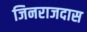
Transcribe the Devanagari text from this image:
जिनराजदास